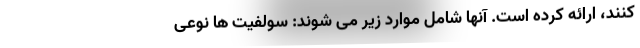
کنند، ارائه کرده است. آنها شامل موارد زیر می شوند: سولفیت ها نوعی